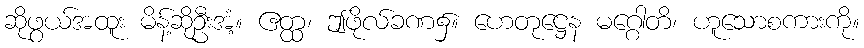
ဆိုဖွယ်အထူး မိန့်ဆိုဦးအံ့။ ဧတ္ထ၊ ဤဖိုလ်ခဏ၌။ ဟေတုဋ္ဌေန မဂ္ဂေါတိ၊ ဟူသောစကားကို။